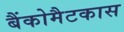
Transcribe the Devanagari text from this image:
बैंकोमैटकास